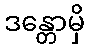
ဒန္တောမှိ